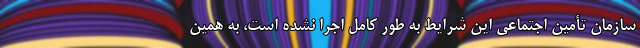
سازمان تأمین اجتماعی این شرایط به طور کامل اجرا نشده است، به همین